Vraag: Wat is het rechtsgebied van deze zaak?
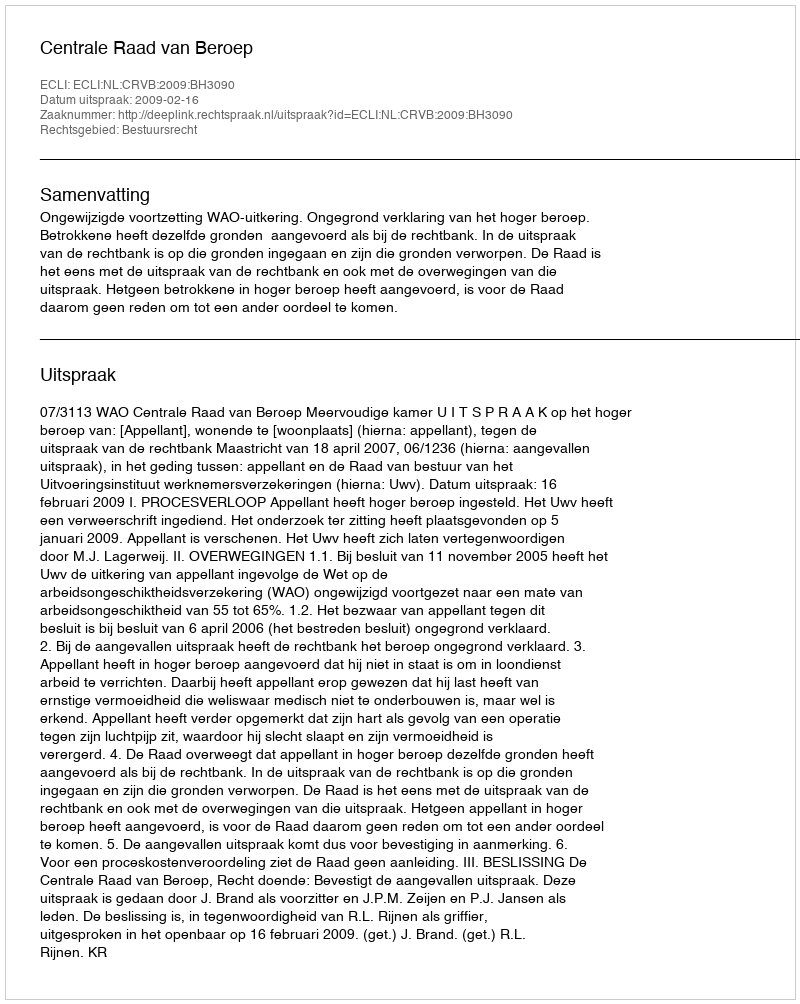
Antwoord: Bestuursrecht